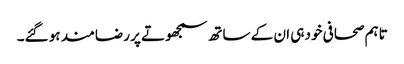
تاہم صحافی خود ہی ان کے ساتھ سمجھوتے پر رضامند ہو گئے۔